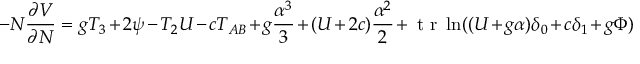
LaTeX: - N { \frac { \partial V } { \partial N } } = g T _ { 3 } + 2 \psi - T _ { 2 } U - c T _ { A B } + g { \frac { \alpha ^ { 3 } } { 3 } } + ( U + 2 c ) { \frac { \alpha ^ { 2 } } { 2 } } + \makebox { t r } \ln ( ( U + g \alpha ) \delta _ { 0 } + c \delta _ { 1 } + g \Phi )